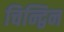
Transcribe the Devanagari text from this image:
चिन्द्विन